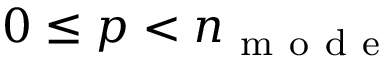
0 \le p < n _ { \mathrm { ~ m ~ o ~ d ~ e ~ } }